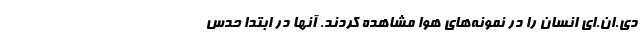
دی‌.ان‌.ای انسان را در نمونه‌های هوا مشاهده کردند. آنها در ابتدا حدس